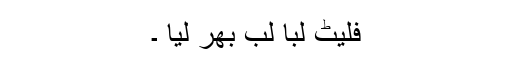
فلیٹ لبا لب بھر لیا ۔